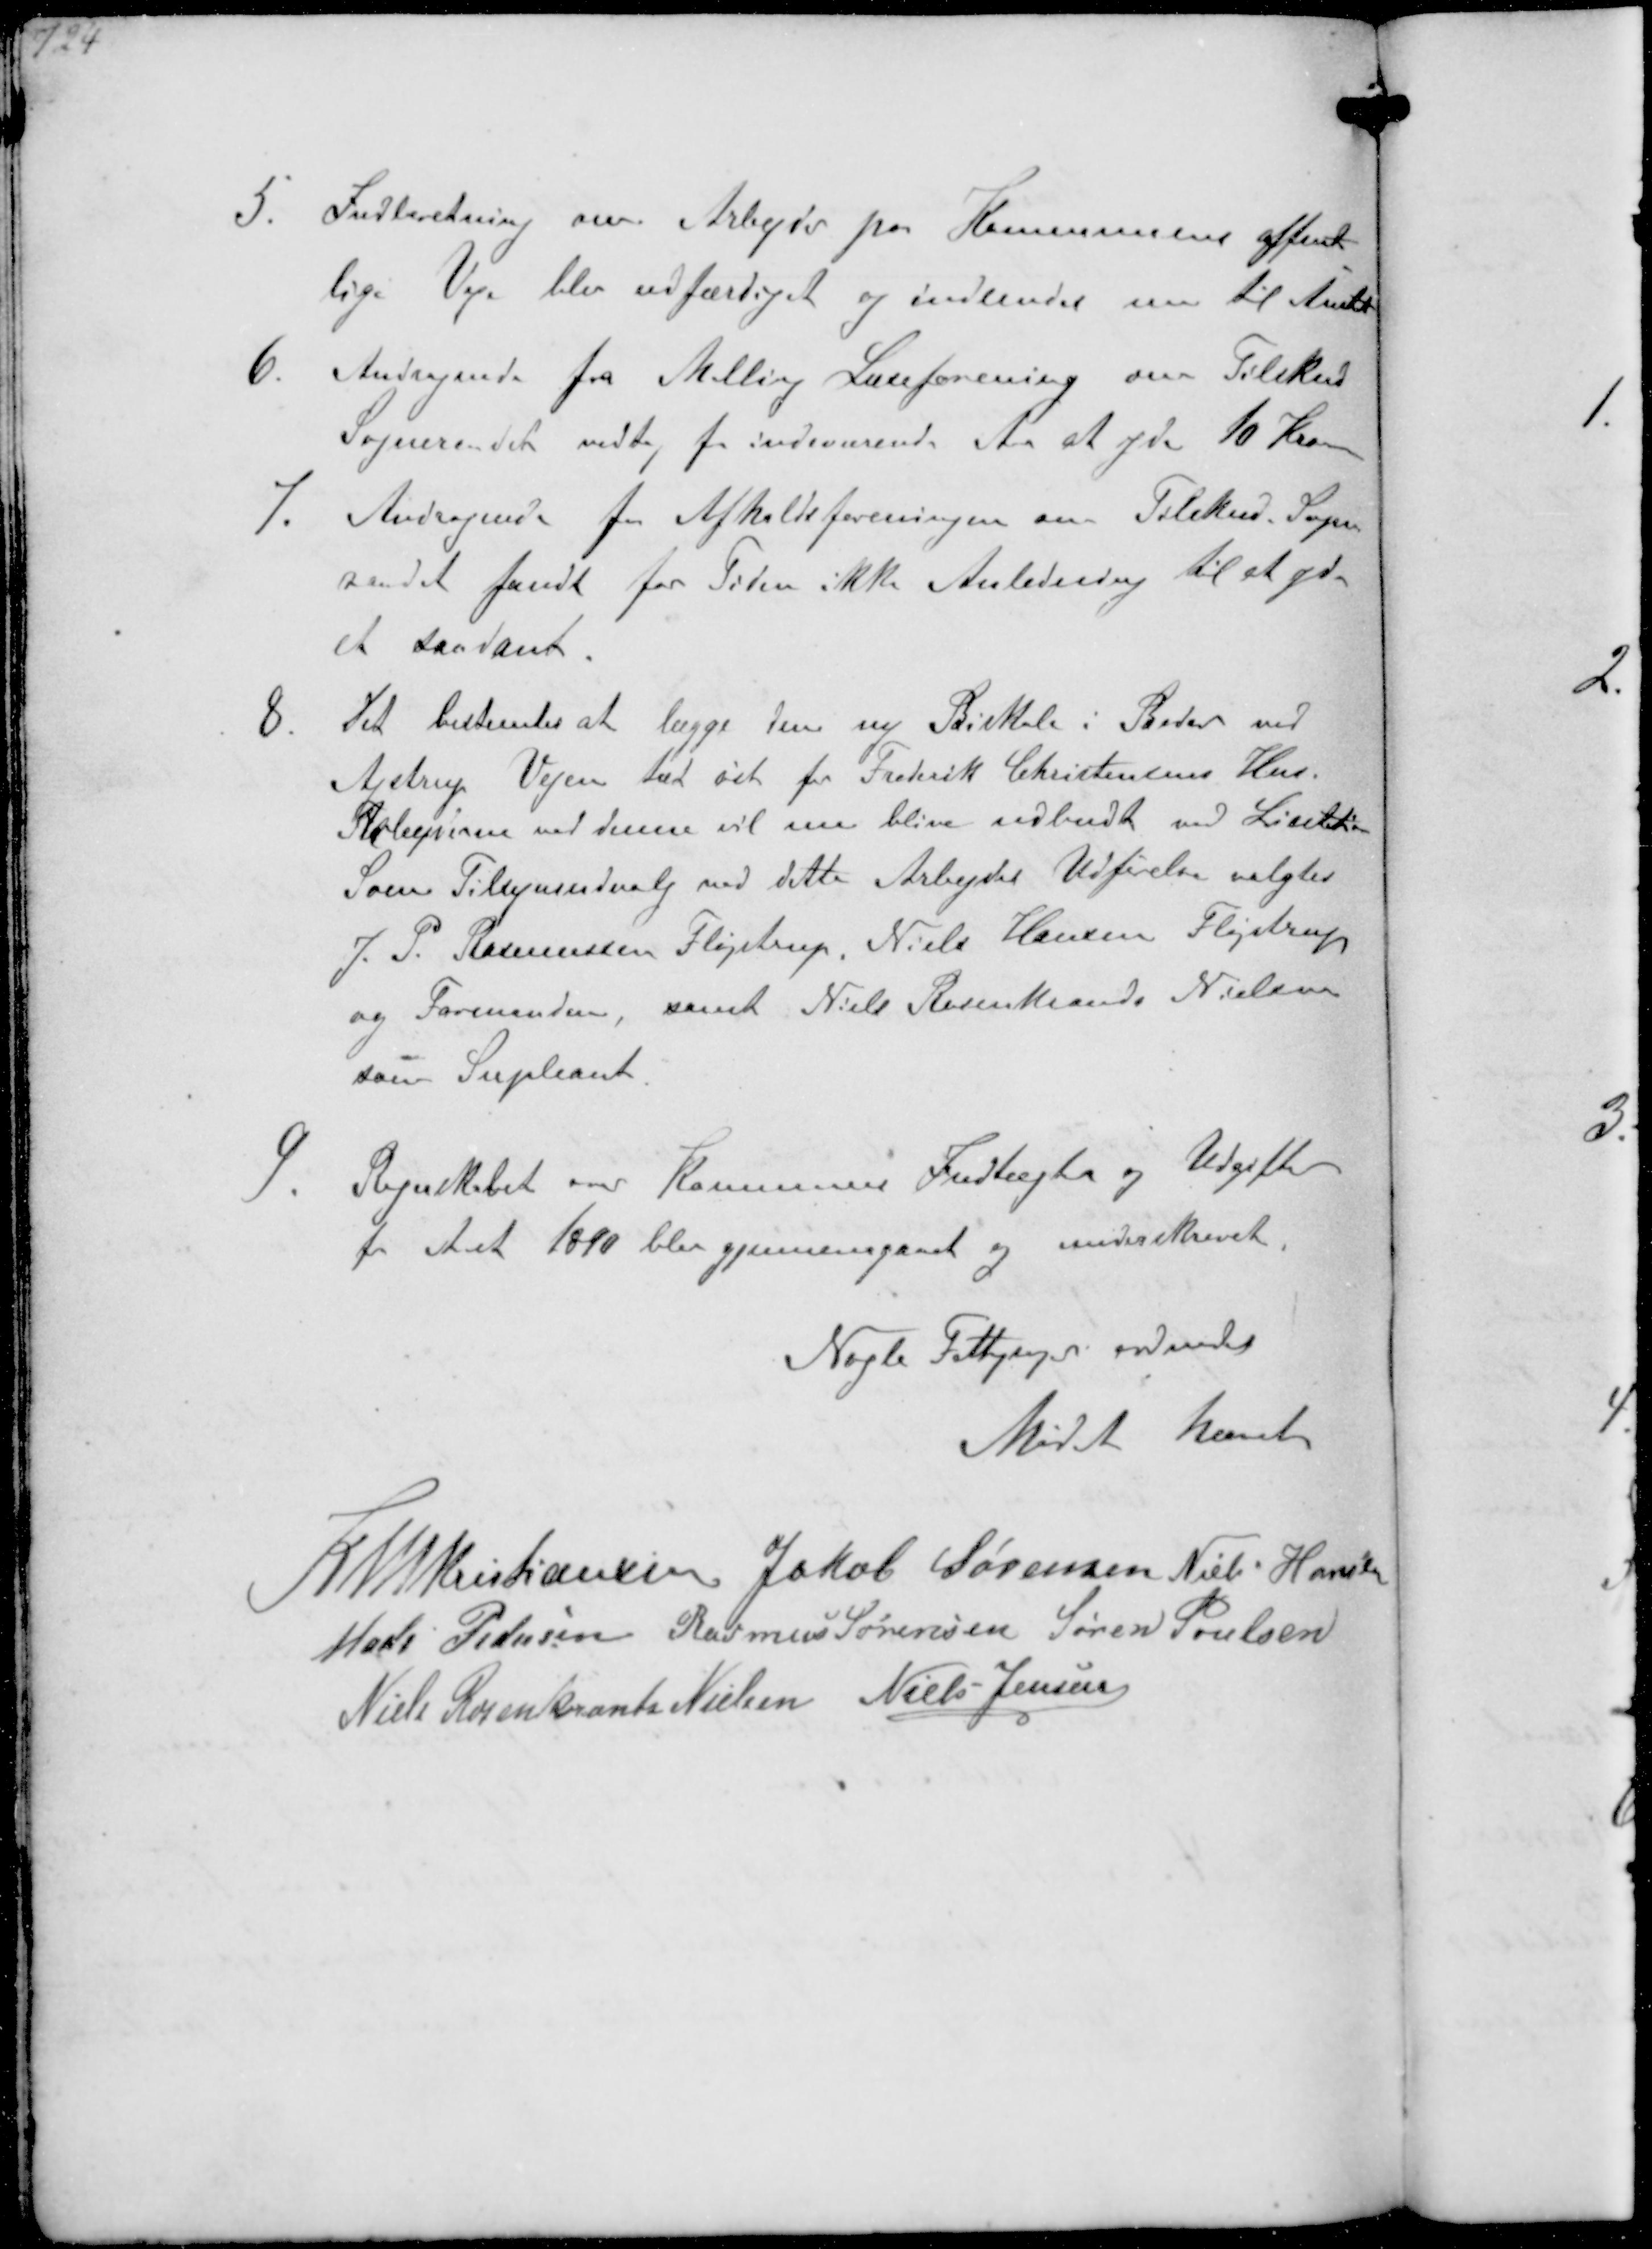
Transskription:
5. Indberetning om Arbejder paa Kommunens offent-
lige Veje blev udfærdiget og indsendes nu til Amtet
6. Andragende fra Malling Læreforening om Tilskud
Sogneraadet vedtog for indeværende Aar at yde 10 Kroner
7. Andragende fra Afholdsforeningen om Tilskud. Sogne-
raadet fandt for Tiden ikke Anledning til at yde
et saadant.
8. Det bestemtes at lægge den ny Biskole i Beder ved
Ajstrup Vejen tæt øst for Frederik Christensens Hus.
Arbejderne ved denne vil nu blive udbudte ved Licitation
Som Tilsynsudvalg med dette Arbejdes Udførelse valgtes
J P Rasmussen Fløjstrup Niels Hansen Fløjstrup
og Formanden, samt Niels Rosenkrands Nielsen
som Supleant.
Regnskabet over Kommunen Indtægtr og Udgifter
for Aaret 1890 blev geennemgaaet og underskrevet.

Nogle Fattigsager ordnedes
Mødet hævet

K N M Kristiansen Jakob Sørensen Niels Hansen
Mads Pedersen Rasmus Sørensen Søren Poulsen
Niels Rosenkrands Nielsen Niels Jensen